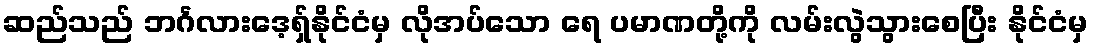
ဆည်သည် ဘင်္ဂလားဒေ့ရှ်နိုင်ငံမှ လိုအပ်သော ရေ ပမာဏတို့ကို လမ်းလွဲသွားစေပြီး နိုင်ငံမှ